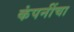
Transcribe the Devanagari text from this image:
कंपनींचा